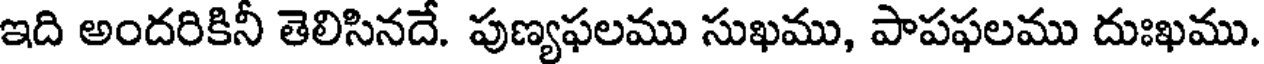
ఇది అందరికినీ తెలిసినదే. పుణ్యఫలము సుఖము, పాపఫలము దుఃఖము.